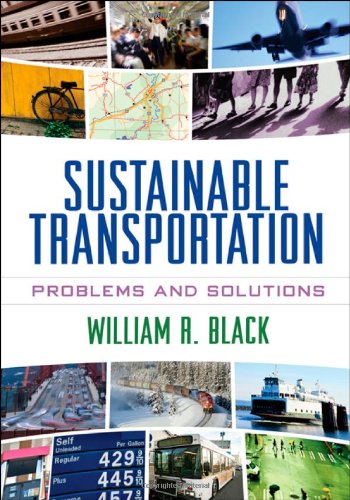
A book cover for Sustainable Transportation: Problems and Solutions; William R. Black; Engineering & Transportation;